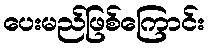
ပေးမည်ဖြစ်ကြောင်း